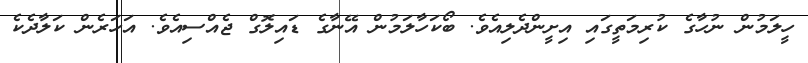
ހީލަމުން ނުހާގެ ކުރިމަތީގައި އިށީންދެލިއެވެ. ބޯކަހާލަމުން އޭނާގެ ޑައިލޮގް ޖެއްސިއެވެ. އަހަރެން ކަލާދެކެ